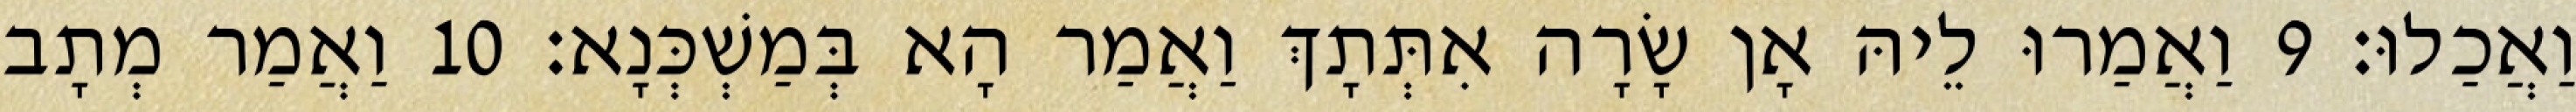
וַאֲכַלוּ׃ 9 וַאֲמַרוּ לֵיהּ אָן שָׂרָה אִתְּתָךְ וַאֲמַר הָא בְּמַשְׁכְּנָא׃ 10 וַאֲמַר מְתָב